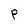
Character: P